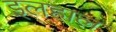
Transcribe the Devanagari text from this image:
इलहाल